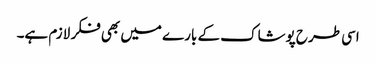
اسی طرح پوشاک کے بارے میں بھی فکر لازم ہے۔